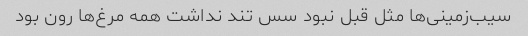
سیب‌زمینی‌ها مثل قبل نبود سس تند نداشت همه مرغ‌ها رون بود